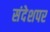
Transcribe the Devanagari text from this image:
संदेशपर